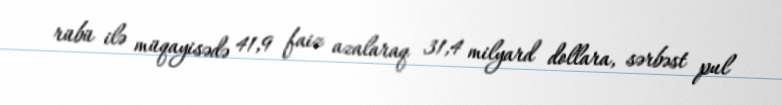
rübü ilə müqayisədə 41,9 faiz azalaraq 31,4 milyard dollara, sərbəst pul